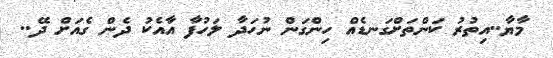
މާޔާ..އިތުރު ކަންތަށްގަނޑެއް ހިންގަން ނުހަދާ ލަހުފާ އާއެކު ދެން ގެއަށް ދޭ..